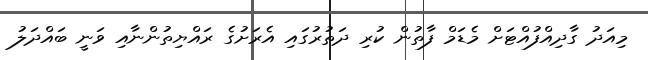
މިއަދު ގާދިއްފުއްޓަށް މެޑަމް ފާތުން ކުރި ދަތުރުގައި އެރަށުގެ ރައްޔިތުންނާއި ވަނީ ބައްދަލު